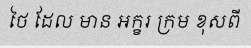
ថៃ ដែល មាន អក្ខរ ក្រម ខុសពី